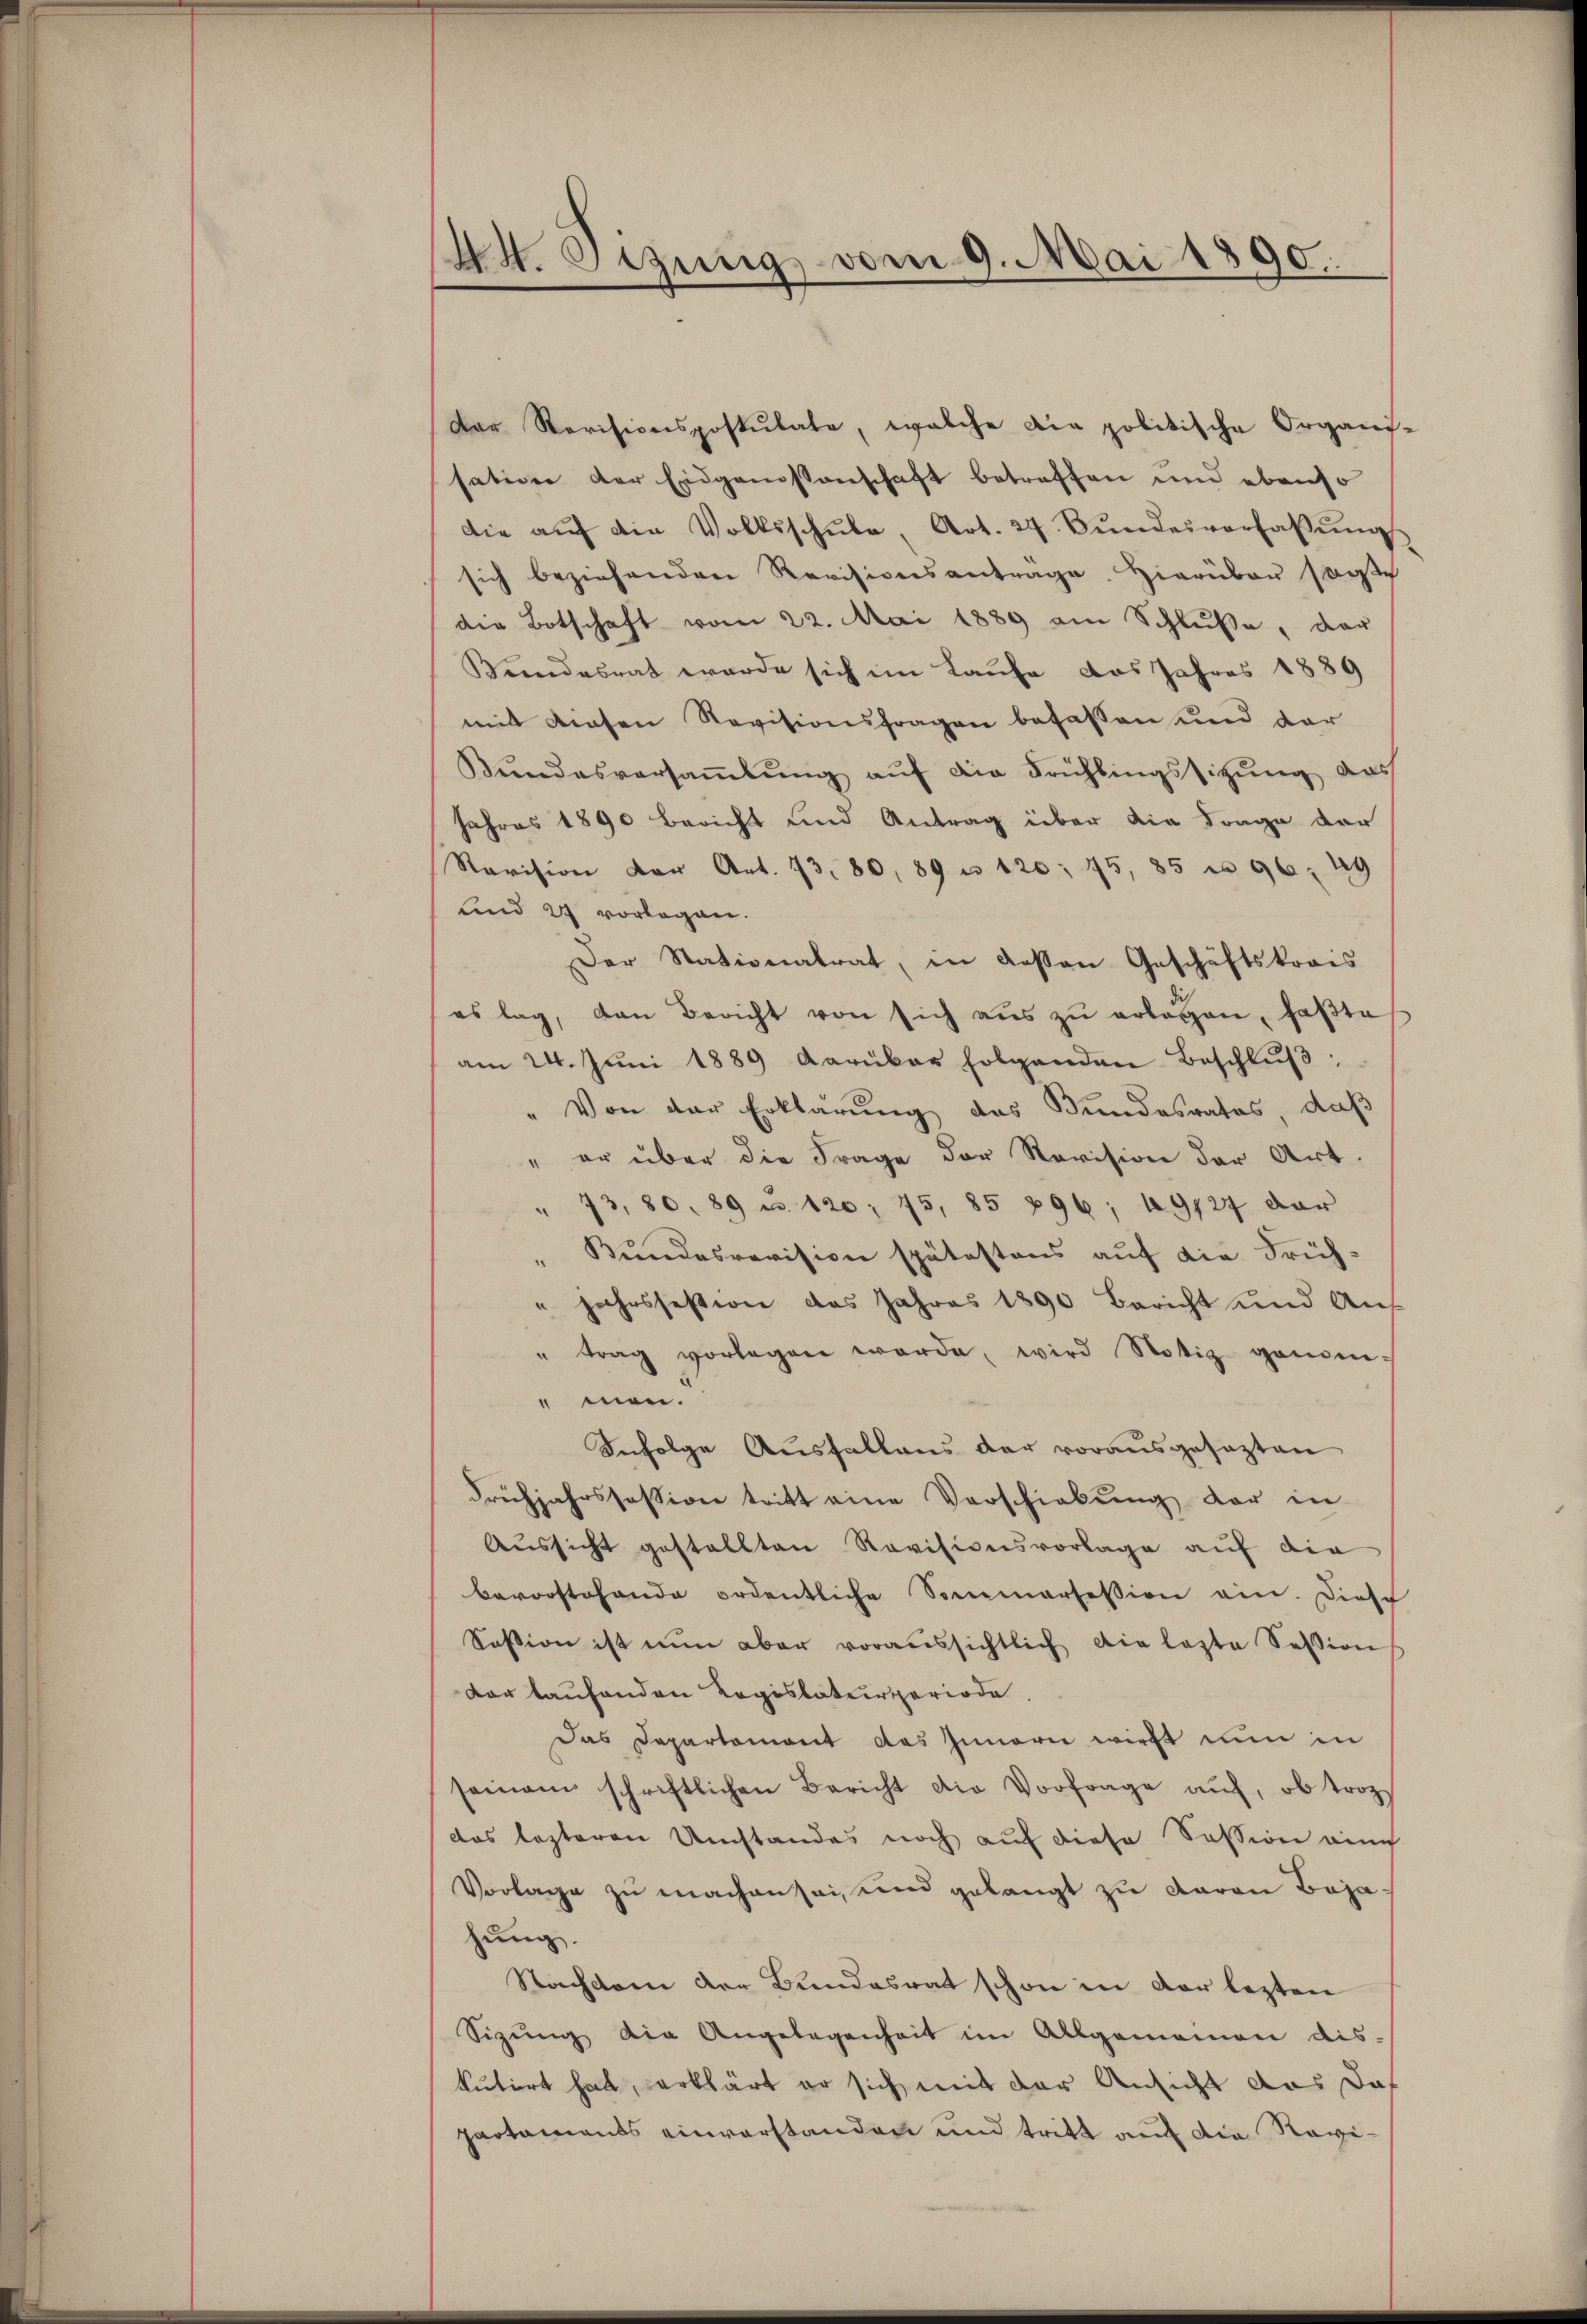
44. Sizung vom 9. Mai 1890.

Der Revisionspostulate, welche die politische Organs-
sation der Eidgenossenschaft betreffen und ebenso
die aŭf die Volksschŭle, Art. 24 Bŭndesverfassŭng
sich beziehenden Revisionsantrage. Hierüber sagte
die Botschaft vom 22. Mai 1889 am Schluße, dar
Bundesrat werde sich im Laufe das Jahres 1889
mit diesen Revisionsfragen befassen und dar
Bundesversammlung auf die Frühlingssitzung das
Jahres 1890 bericht und Antrag über die Frage der
Ravision der Art. 13. 80, 89 u 120, 45, 85 u 96. 49
und 27 vorlegen.
Der Stationalrat, in dessen Geschäftskrais
es lag, den Bericht von sich aŭs zŭ erlegen, faßte
am 24. Jŭni 1889 darüber folgenden Beschlŭβ:
" Von der Erklärung des Bundesrates, daß
" er über die Frage der Revision der Art.
" 73. 80. 89 u. 120. 75, 85 896 ; 49127 dar
" Bŭndesrevision spätestens aŭf die Früh-
" jahrsfestion des Jahres 1890 Bericht und Aus¬
" trag vorlegen werde, wird Notiz genom-
men.
Infolge Ausfallens der vorausgesezten
Frühjahrsfession tritt eine Verschiebung der in
Aussicht gestellten Revisionsvorlage auf die
bevorstehende ordentliche Sommarfession ein. Diese
Session ist nŭn aber voraussichtlich die laste Session
dar laufenden Regislaturperiode.
Das Departemont des Innern wirkt nun in
seinem schriftlichen Bericht die Vorfrage auf, ob trozdas lezteren Umstandes noch auf diese Sessione auch
Vorlage zu machen sei, und gelangt zu davon Baja
hung.
Nachdem der Bundesrat schon in der lezten
Sizŭng die Angelegenheit im Allgemeinen dis-
kutirt hat, erklärt er sich mit der Ansicht das das
partaments einverstanden und tritt auf die Revi¬